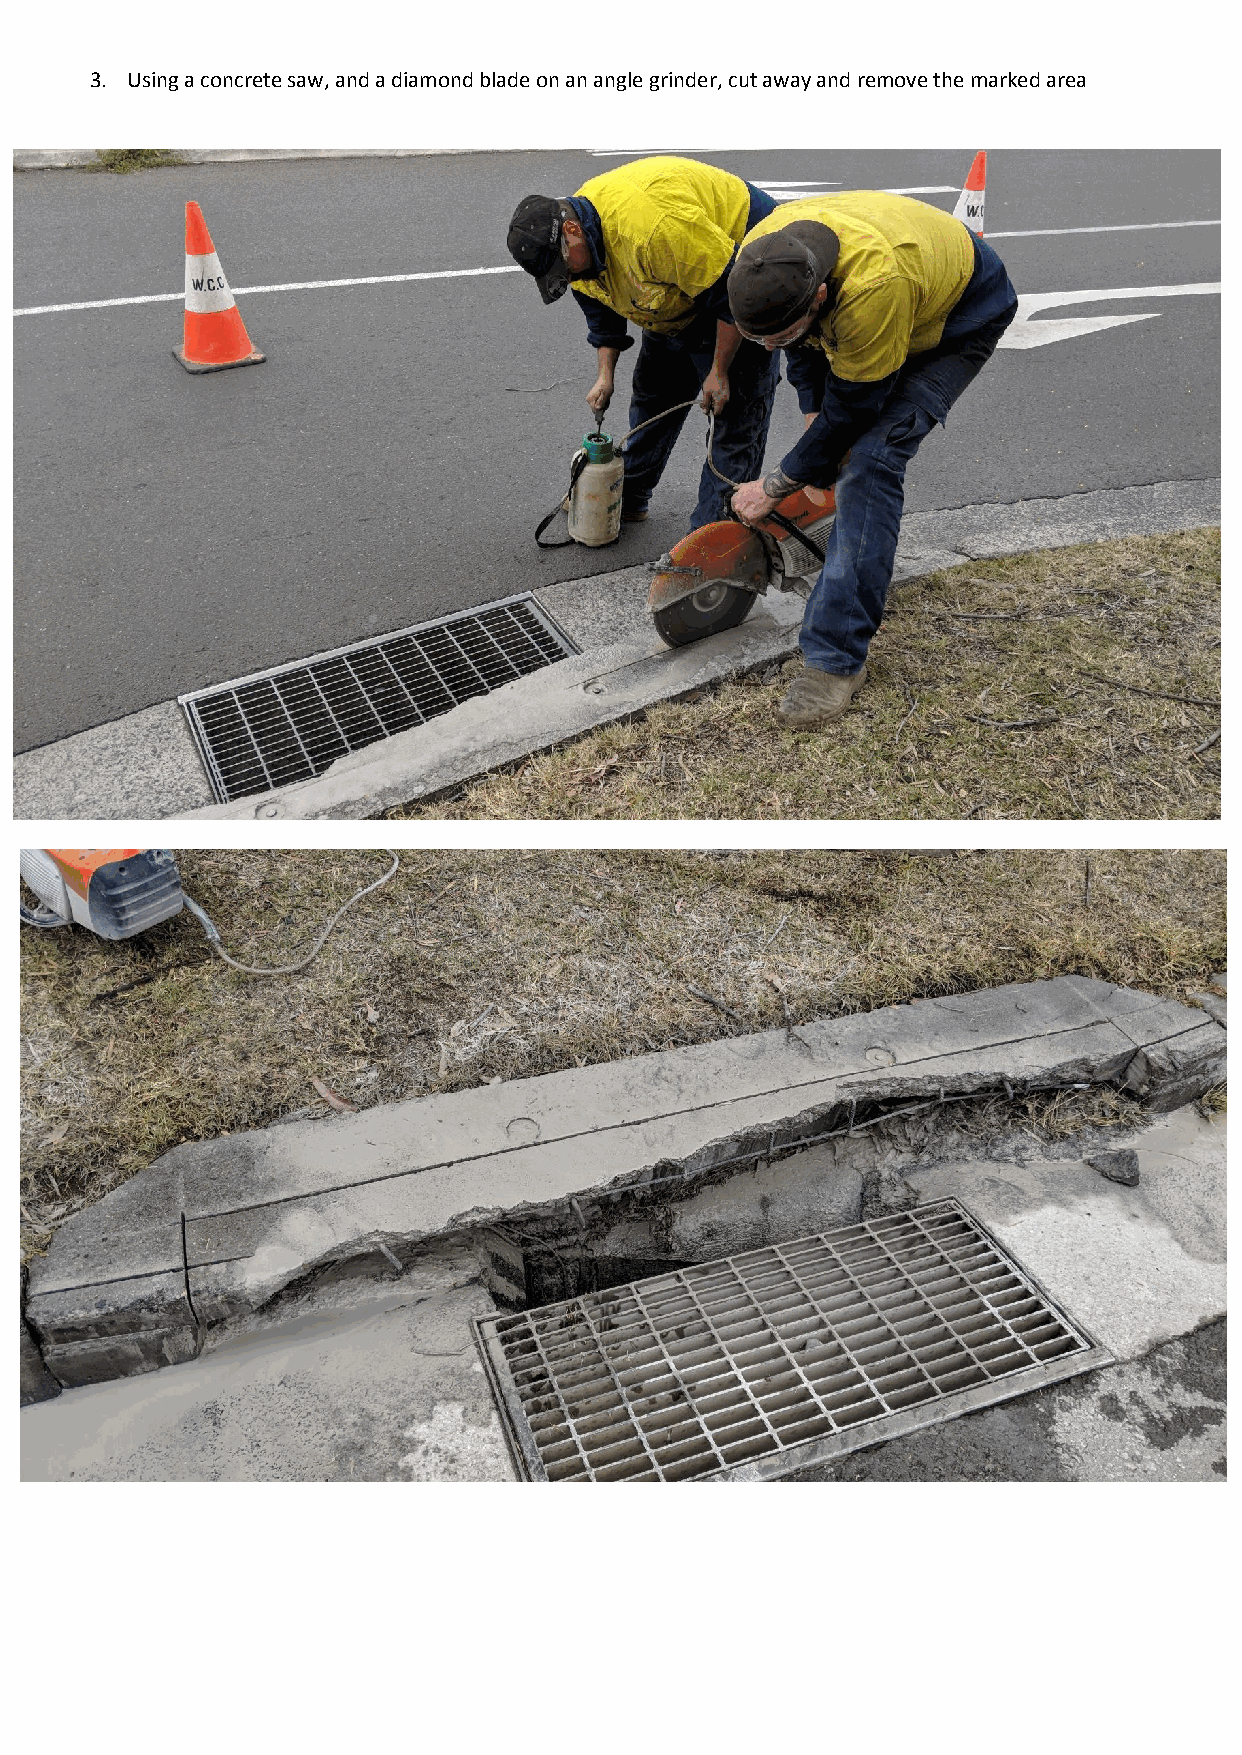
3. Using a concrete saw, and a diamond blade on an angle grinder, cut away and remove the marked area